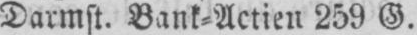
Darmst. Bank⸗Actien 259 G.